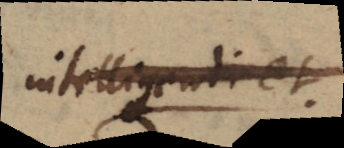
intelligendi et